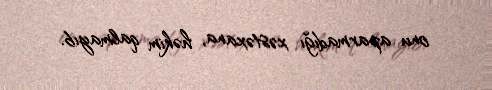
onu aparmadığı xəstəxana, həkim qalmayıb.